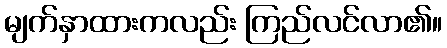
မျက်နှာထားကလည်း ကြည်လင်လာ၏။